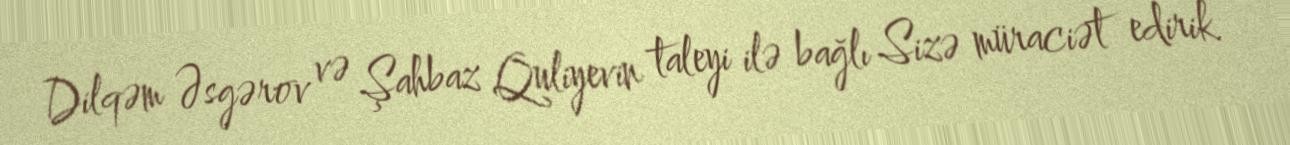
Dilqəm Əsgərov və Şahbaz Quliyevin taleyi ilə bağlı Sizə müraciət edirik.